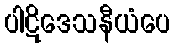
ပါဋိဒေသနီယံပေ